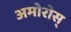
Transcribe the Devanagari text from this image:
अमोरोस्